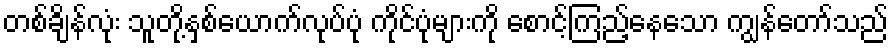
တစ်ချိန်လုံး သူတို့နှစ်ယောက်လုပ်ပုံ ကိုင်ပုံများကို စောင့်ကြည့်နေသော ကျွန်တော်သည်